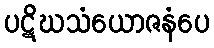
ပဋိဃသံယောဇနံပေ